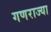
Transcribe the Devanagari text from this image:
गणराज्या